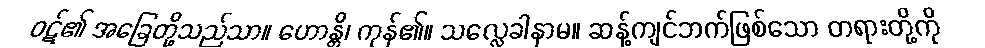
ဝဋ်၏ အခြေတို့သည်သာ။ ဟောန္တိ၊ ကုန်၏။ သလ္လေခါနာမ။ ဆန့်ကျင်ဘက်ဖြစ်သော တရားတို့ကို